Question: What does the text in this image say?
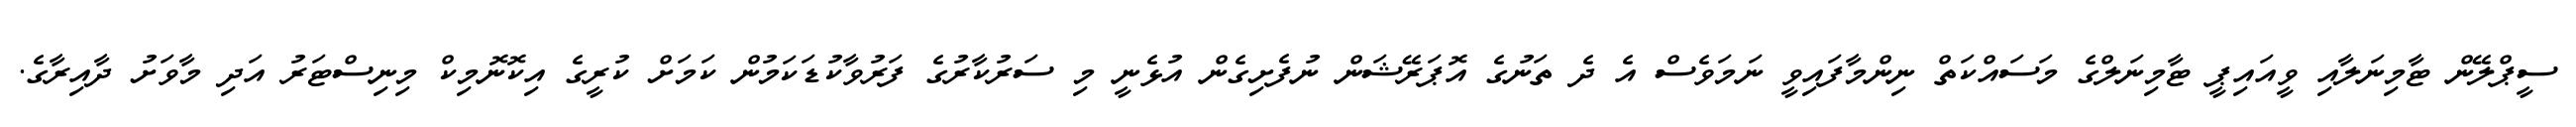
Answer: ސީޕްލޭން ޓާމިނަލާއި ވީއައިޕީ ޓާމިނަލްގެ މަސައްކަތް ނިންމާފައިވީ ނަމަވެސް އެ ދެ ތަނުގެ އޮޕަރޭޝަން ނުފެށިގެން އުޅެނީ މި ސަރުކާރުގެ ފަރުވާކުޑަކަމުން ކަމަށް ކުރީގެ އިކޮނޮމިކް މިނިސްޓަރު އަދި މާވަށު ދާއިރާގެ.